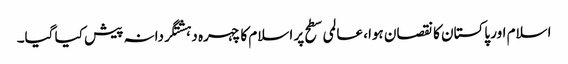
اسلام اور پاکستان کا نقصان ہوا، عالمی سطح پر اسلام کا چہرہ دہشتگردانہ پیش کیا گیا۔